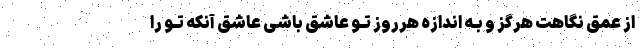
از عمق نگاهت هرگز و بـه اندازه هرروز تـو عاشق باشی عاشق آنکه تـو را